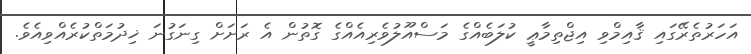
އަހަރުތެރޭގައި ޤާއިމްވި އިޖްތިމާޢީ ކުލަބެއްގެ މަސްއޫލުވެރިއެއްގެ ގޮތުން އެ ރަށަށް ގިނަގުނަ ޚިދުމަތްކުރެއްވިއެވެ.